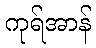
ကုရ်အာန်